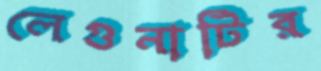
লেগুনাটির